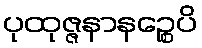
ပုထုဇ္ဇနာနဉ္စေပိ